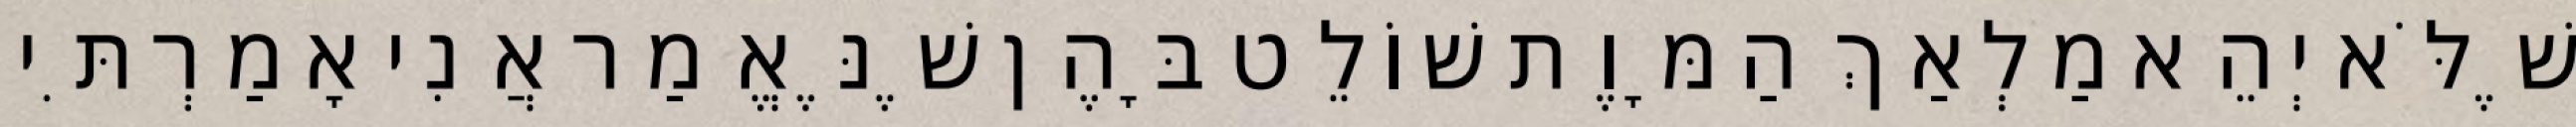
שֶׁלֹּא יְהֵא מַלְאַךְ הַמָּוֶת שׁוֹלֵט בָּהֶן שֶׁנֶּאֱמַר אֲנִי אָמַרְתִּי